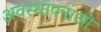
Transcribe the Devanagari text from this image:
अवस्थापनाओ